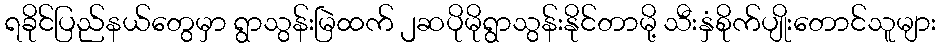
ရခိုင်ပြည်နယ်တွေမှာ ရွာသွန်းမြဲထက် ၂ဆပိုမိုရွာသွန်းနိုင်တာမို့ သီးနှံစိုက်ပျိုးတောင်သူများ